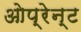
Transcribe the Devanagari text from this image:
ओप्रेन्ट